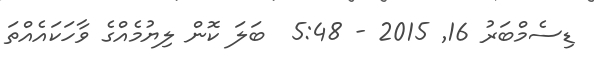
ޑިސެމްބަރު 16